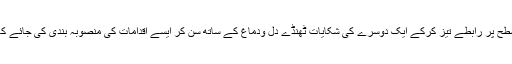
آج ضرورت اس بات کی ہے کہ حکومتی سطح پر رابطے تیز کرکے ایک دوسرے کی شکایات ٹھنڈے دل ودماغ کے ساتھ سن کر ایسے اقدامات کی منصوبہ بندی کی جائے کہ کوئی تیسرا شرارتی شرارت نہ کر سکے۔